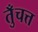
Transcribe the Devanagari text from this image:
तुँचत्त